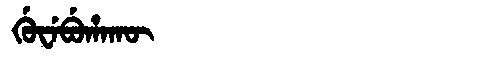
Manchu: ᡤᡠᠸᡝᠪᡠᡥᠠᡴᡡ
Romanization: GUWEBUHAKŪ